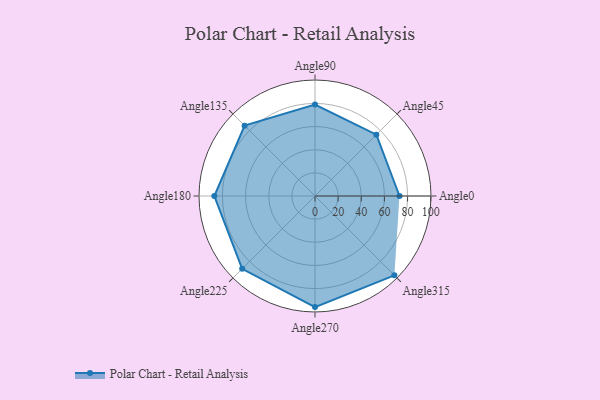
{"axis": {"x": "Angle", "y": "Radius"}, "legend": [""], "data": [{"x": "Angle0", "y": 73.0, "type": ""}, {"x": "Angle45", "y": 75.0, "type": ""}, {"x": "Angle90", "y": 79.0, "type": ""}, {"x": "Angle135", "y": 86.0, "type": ""}, {"x": "Angle180", "y": 87.0, "type": ""}, {"x": "Angle225", "y": 89.0, "type": ""}, {"x": "Angle270", "y": 96.0, "type": ""}, {"x": "Angle315", "y": 97.0, "type": ""}]}